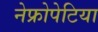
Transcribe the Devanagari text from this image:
नेफ्रोपेटिया